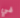
في